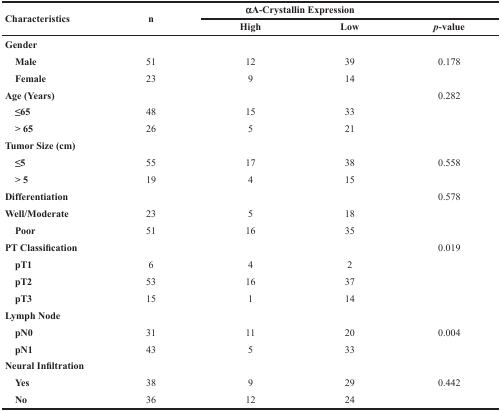
<table><thead><tr><td rowspan="2"><b>Characteristics</b></td><td rowspan="2"><b>n</b></td><td colspan="2"><b>αA-Crystallin Expression</b></td><td></td></tr><tr><td><b>High</b></td><td><b>Low</b></td><td><b><i>p</i>-value</b></td></tr></thead><tbody><tr><td><b>Gender</b></td><td></td><td></td><td></td><td></td></tr><tr><td> <b>Male</b></td><td>51</td><td>12</td><td>39</td><td>0.178</td></tr><tr><td> <b>Female</b></td><td>23</td><td>9</td><td>14</td><td></td></tr><tr><td><b>Age (Years)</b></td><td></td><td></td><td></td><td>0.282</td></tr><tr><td> <b>≤65</b></td><td>48</td><td>15</td><td>33</td><td></td></tr><tr><td> <b>&gt; 65</b></td><td>26</td><td>5</td><td>21</td><td></td></tr><tr><td><b>Tumor Size (cm)</b></td><td></td><td></td><td></td><td></td></tr><tr><td> <b>≤5</b></td><td>55</td><td>17</td><td>38</td><td>0.558</td></tr><tr><td> <b>&gt; 5</b></td><td>19</td><td>4</td><td>15</td><td></td></tr><tr><td><b>Differentiation</b></td><td></td><td></td><td></td><td>0.578</td></tr><tr><td><b>Well/Moderate</b></td><td>23</td><td>5</td><td>18</td><td></td></tr><tr><td> <b>Poor</b></td><td>51</td><td>16</td><td>35</td><td></td></tr><tr><td><b>PT Classification</b></td><td></td><td></td><td></td><td>0.019</td></tr><tr><td> <b>pT1</b></td><td>6</td><td>4</td><td>2</td><td></td></tr><tr><td> <b>pT2</b></td><td>53</td><td>16</td><td>37</td><td></td></tr><tr><td> <b>pT3</b></td><td>15</td><td>1</td><td>14</td><td></td></tr><tr><td><b>Lymph Node</b></td><td></td><td></td><td></td><td></td></tr><tr><td> <b>pN0</b></td><td>31</td><td>11</td><td>20</td><td>0.004</td></tr><tr><td> <b>pN1</b></td><td>43</td><td>5</td><td>33</td><td></td></tr><tr><td><b>Neural Infiltration</b></td><td></td><td></td><td></td><td></td></tr><tr><td> <b>Yes</b></td><td>38</td><td>9</td><td>29</td><td>0.442</td></tr><tr><td> <b>No</b></td><td>36</td><td>12</td><td>24</td><td></td></tr></tbody></table>